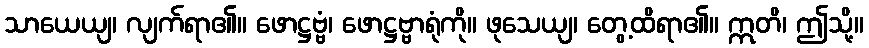
သာယေယျ၊ လျက်ရာ၏။ ဖောဋ္ဌဗ္ဗံ၊ ဖောဋ္ဌဗ္ဗာရုံကို။ ဖုသေယျ၊ တွေ့ထိရာ၏။ ဣတိ၊ ဤသို့။